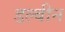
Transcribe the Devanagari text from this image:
डल्बीन